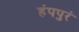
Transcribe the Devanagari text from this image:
हंपपुरं